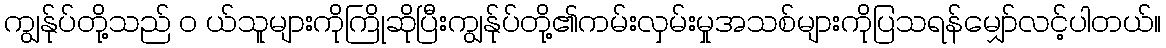
ကျွန်ုပ်တို့သည် ၀ ယ်သူများကိုကြိုဆိုပြီးကျွန်ုပ်တို့၏ကမ်းလှမ်းမှုအသစ်များကိုပြသရန်မျှော်လင့်ပါတယ်။